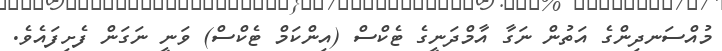
މުއްސަނދިންގެ އަތުން ނަގާ އާމްދަނީގެ ޓެކްސް (އިންކަމް ޓެކްސް) ވަނީ ނަގަން ފެށިފައެވެ.